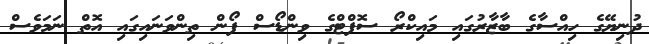
ދުނިޔޭގެ ހިއްސާގެ ބާޒާރުގައި މައިކްރޯ ސޮފްޓްގެ ވިންޑޯސް ފޯން ތިންވަނައިގައި އޮތް ނަމަވެސް